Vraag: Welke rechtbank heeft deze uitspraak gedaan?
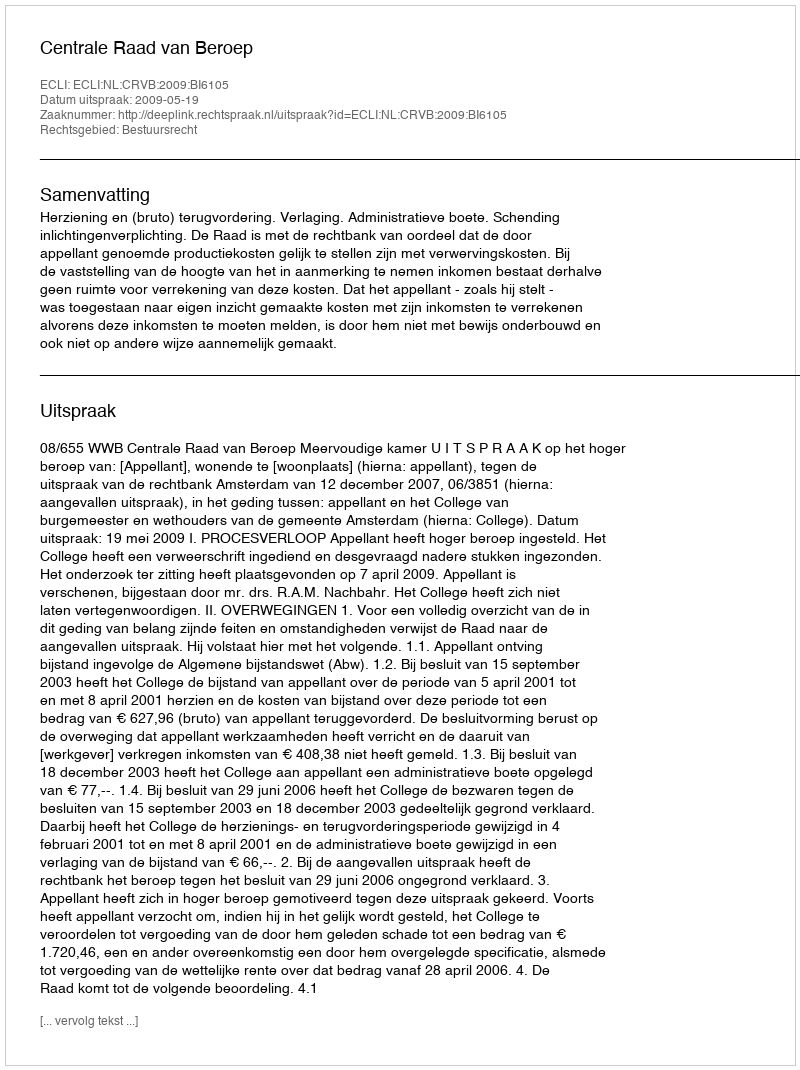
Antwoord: Centrale Raad van Beroep